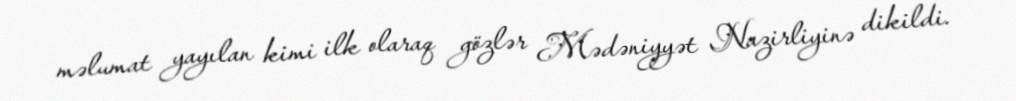
məlumat yayılan kimi ilk olaraq gözlər Mədəniyyət Nazirliyinə dikildi.